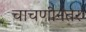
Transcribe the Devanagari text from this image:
चाचणीनंतर